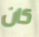
كان